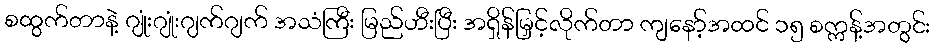
စထွက်တာနဲ့ ဂျုံးဂျုံးဂျက်ဂျက် အသံကြီး မြည်ဟီးပြီး အရှိန်မြှင့်လိုက်တာ ကျနော့်အထင် ၁၅ စက္ကန့်အတွင်း